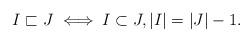
LaTeX: \begin{align*}I\sqsubset J\iff I\subset J, |I|=|J|-1. \end{align*}